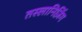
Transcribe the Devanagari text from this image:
तस्लानिज़िंग